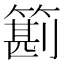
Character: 䉇